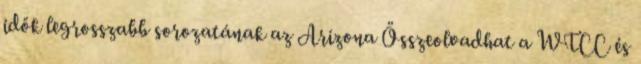
idők legrosszabb sorozatának az Arizona Összeolvadhat a WTCC és